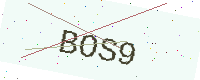
Text: BOS9